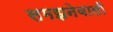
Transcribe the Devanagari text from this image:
समझनेवाली